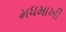
મધમાખી